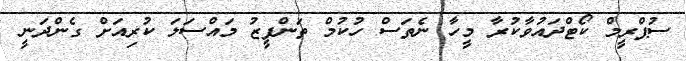
ސުޕްރީމް ކޯޓްދައުވާކުރާ މީހާ ނެތަސް ހުކުމް ތަންފީޒު މައްސަލަ ކުރިއަށް ގެންދަނީ